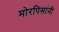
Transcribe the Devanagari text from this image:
मोरपिसांनी